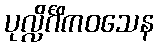
ပုလ္လိင်္ဂိကဝသေန